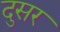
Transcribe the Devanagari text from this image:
दुसर